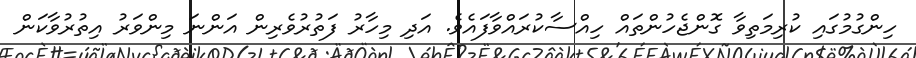
ހިންގުމުގައި ކުރިމަތިވާ ގޮންޖެހުންތައް ހިއްސާކުރައްވާފައެވެ. އަދި މިހާރު ފަތުރުވެރިން އަންނަ މިންވަރު އިތުރުވާކަން